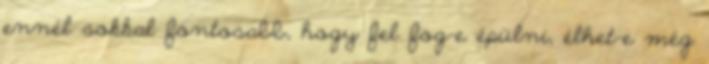
ennél sokkal fontosabb, hogy fel fog-e épülni, élhet-e még